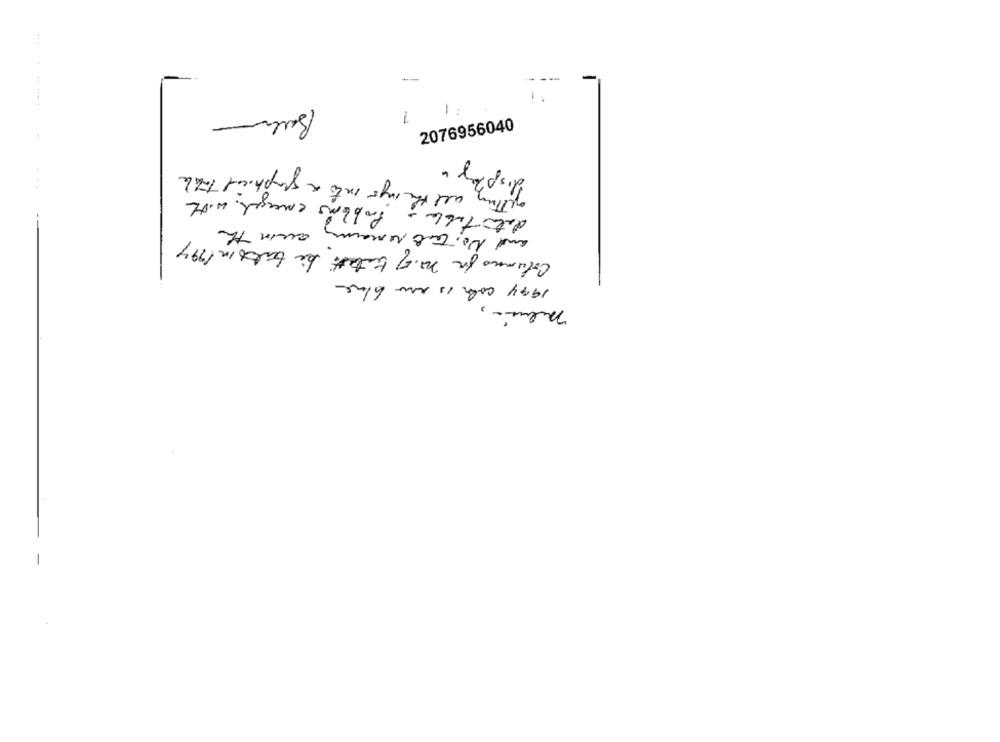
7
-
2076956040
getting all the mys into a graphical That
display.
datatable - Problems emerged with
and No, Tant remainy awin the
Columns for 20.57 textes be takes in 1994
1994 color is no bina